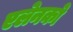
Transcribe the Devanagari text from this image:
एलेनको